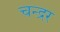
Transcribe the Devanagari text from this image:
चन्द्रर